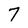
Character: 7